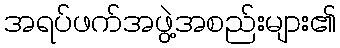
အရပ်ဖက်အဖွဲ့အစည်းများ၏